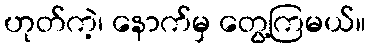
ဟုတ်ကဲ့၊ နောက်မှ တွေ့ကြမယ်။